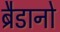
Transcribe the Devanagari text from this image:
ब्रैडानो